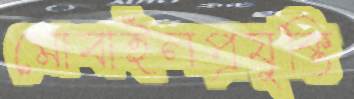
মোবাইলপ্রযুক্তি